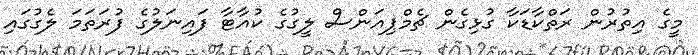
މީގެ އިތުރުން ރަތްކާޑަކާ ގުޅިގެން ޗެމްޕިއަންސް ލީގުގެ ކުއާޓާ ފައިނަލުގެ ފުރަތަމަ ލެގުގައި